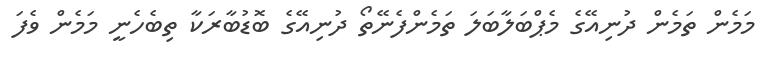
މަމެން ތަމެން ދުނިއޭގެ މެޕްބަލާބަލަ ތަމެންފެނޭތޯ ދުނިއޭގެ ބޮޑުބާރަކާ ތިބެހެނީ މަމެން ވެފަ